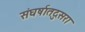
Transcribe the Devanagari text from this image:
संघर्षातदुसरा